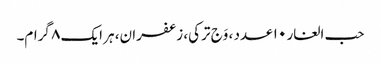
حب الغار ۱۰ عدد ، وَج ترکی، زعفران، ہر ایک ۸ گرام۔